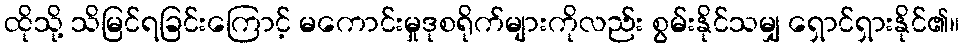
ထိုသို့ သိမြင်ရခြင်းကြောင့် မကောင်းမှုဒုစရိုက်များကိုလည်း စွမ်းနိုင်သမျှ ရှောင်ရှားနိုင်၏။